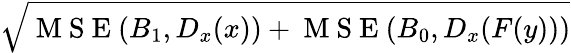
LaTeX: \sqrt{\mathrm{~M~S~E~}(B_{1},D_{x}(x))+\mathrm{~M~S~E~}(B_{0},D_{x}(F(y)))}